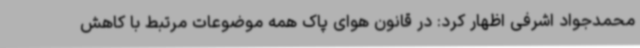
محمدجواد اشرفی اظهار کرد: در قانون هوای پاک همه موضوعات مرتبط با کاهش